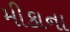
મીકાના